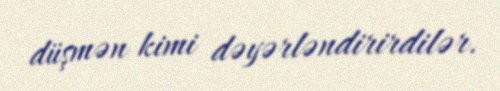
düşmən kimi dəyərləndirirdilər.